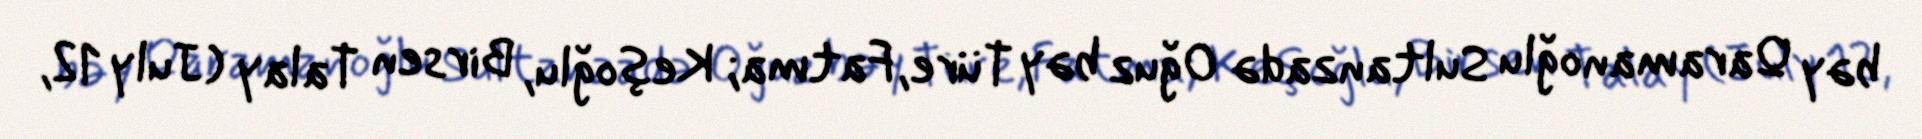
bəy Qaramanoğlu Sultanzadə Oğuz bəy Türe, Fatma; Keşoğlu, Birsen Talay (July 12,